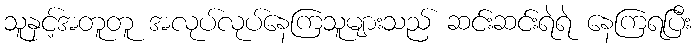
သူနှင့်အတူတူ အလုပ်လုပ်နေကြသူများသည် ဆင်းဆင်းရဲရဲ နေကြရပြီး